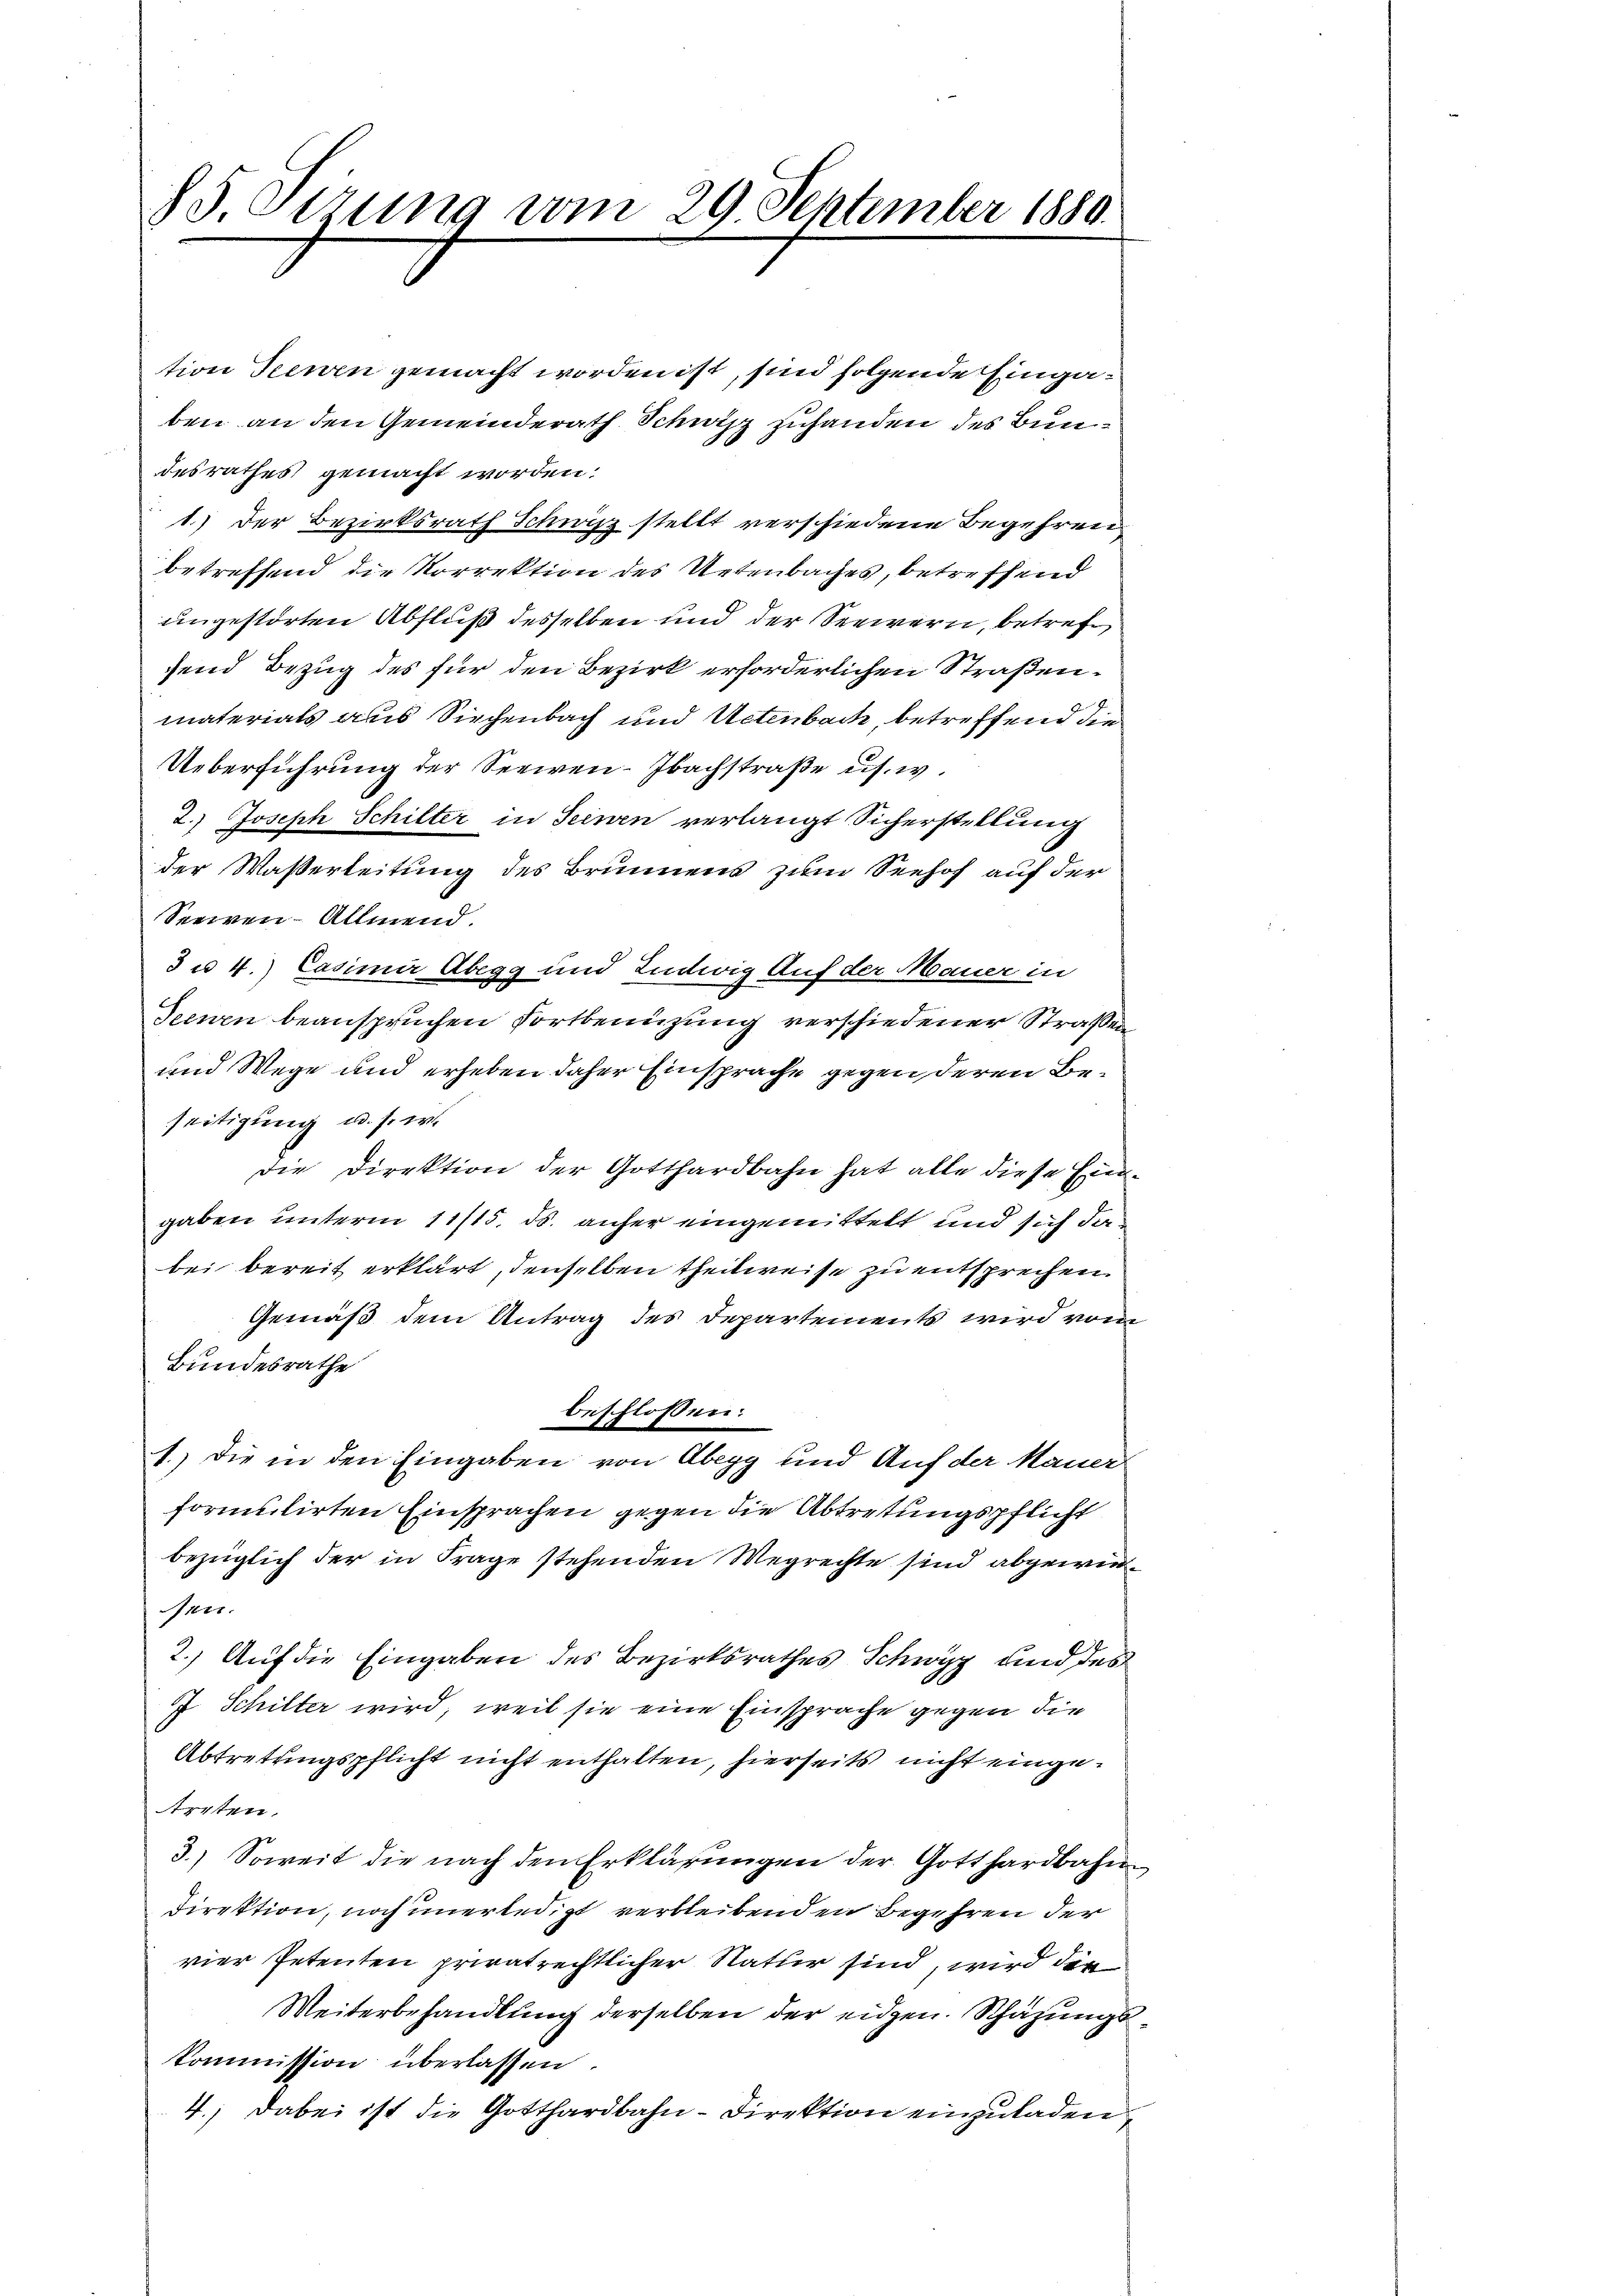
75.Oerung vom 29 September 1880.

tion Seewen gemacht worden ist, sind folgende Eingaben an den Gemeinderath Schwitz zuhanden des Bundesrathes gemacht worden.
1.) Der Bezirksrath Schwitz stellt verschiedene Begehren
betreffend die Vorrektion des Uetenbaches, betreffend
ungestörten Abfluß desselben und der Seewern, betrefsend Bezug des für den Bezirk erforderlichen Straßen.
materials aus Kirchenbach und Uetenbach, betreffend die
Ueberführung der Seewen-Ibachstraße us. w.
2.) Joseph Schilter in Seinen verlangt Sicherstellung
der Waßerleitung des Brunnens zum Seehof auf der
Seeien - Allmend.
Ju 4.) Casimir Abegg und Ludwig Auf der Mauer in
Seeren beanspruchen Fortbenüzung verschiedener Straßen
und Wege und erheben daher Einsprache gegen deren Beseitigung u. s. w.
Die Direktion der Gotthardbahn hat alle diese Eingaben unterm 11/15. ds. anher eingemittelt und sich da
bei bereit erklärt, denselben theilweise zu entsprechen
Gemäß dem Antrag des Departements wird vom
Bundesrathe
beschlossen:
1.) Die in den Eingaben von Abegg und Auf der Mauerformulirten Einsprachen gegen die Abtretungspflicht
bezüglich der in Frage stehenden Wegrechte sind abgewie¬
Oper.
2.) Auf die Eingaben des Bezirksrathes Schwyz und des
7 Schilter wird, weil sie eine Einsprache gegen die
Abtretungspflicht nicht enthalten, hierseits nicht eingerpten.
3.) Soweit die nach den Erklärungen der Gotthardbahn
direktion, noch unerledigt verbleibenden Begehren der
vier Petenten privatrechtlicher Natur sind, wird die
Weiterbehandlung derselben der eidgen. Schäzungs
kommission überlassen.
4.; dabei ist die Gotthardbahn-Direktion einzuladen